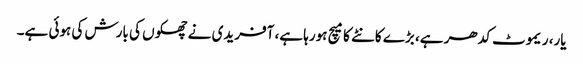
یار، ریموٹ کدھر ہے، بڑے کانٹے کا میچ ہورہا ہے، آفریدی نے چھکوں کی بارش کی ہوئی ہے۔